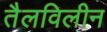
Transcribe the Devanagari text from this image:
तैलविलीन